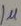
Text: 1µ